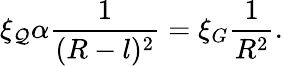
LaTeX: \xi_{\mathcal{Q}}\alpha\frac{{1}}{{(R-l)^{2}}}=\xi_{G}\frac{{1}}{{R^{2}}}.